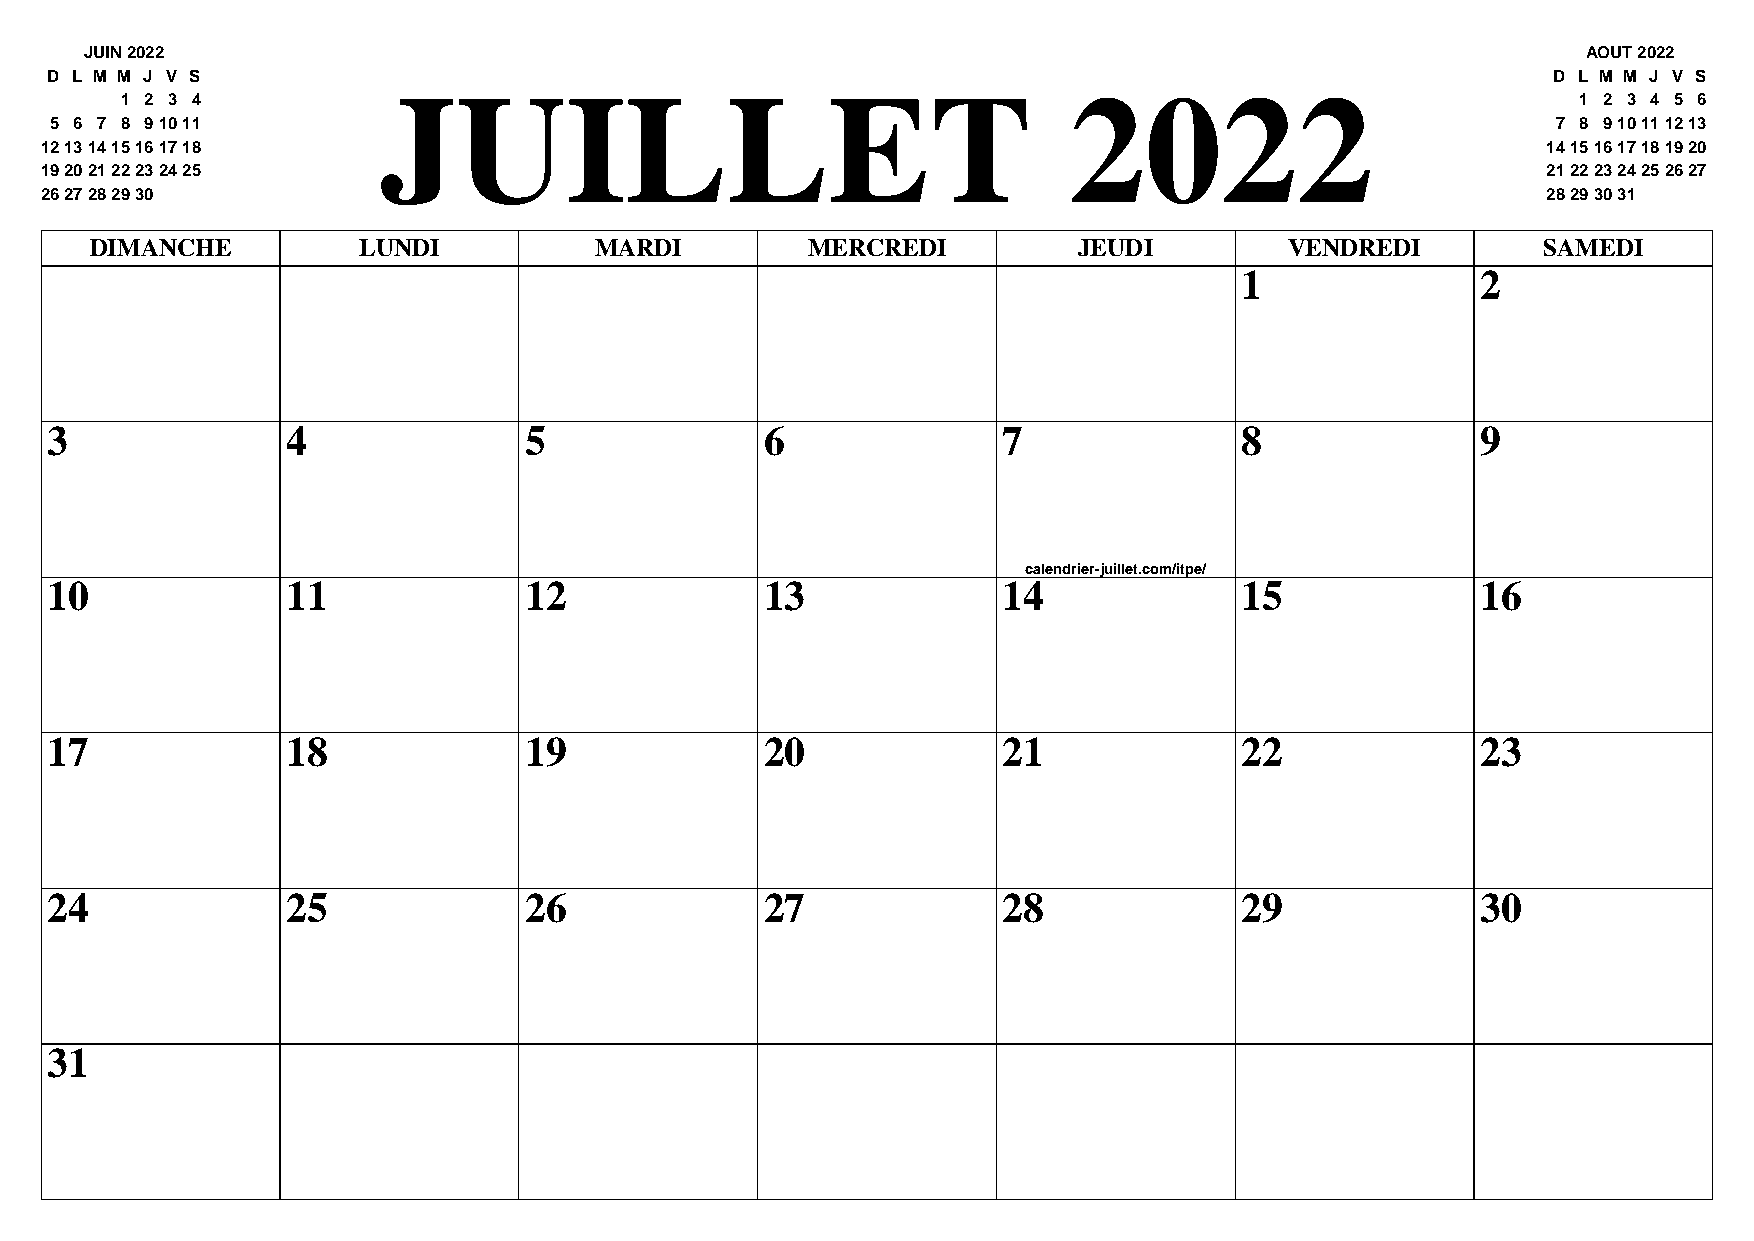
JUIN 2022                                                                                          AOUT 2022
 D L M M J V S                                                                                       D L M M J V S
 JUILLET                                       2022
 1 2 3 4                                                                                          1 2 3 4 5 6
 5 6 7 8 91011                                                                                       7 8 910111213
 12131415161718                                                                                     14151617181920
 19202122232425                                                                                     21222324252627
 2627282930                                                                                         28293031
 DIMANCHE          LUNDI          MARDI         MERCREDI          JEUDI         VENDREDI         SAMEDI
 1               2
 3               4               5               6              7               8               9
 calendrier-juillet.com/itpe/
 10              11              12              13             14              15              16
 17              18              19              20             21              22              23
 24              25              26              27             28              29              30
 31